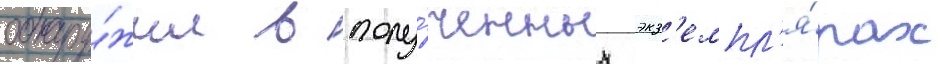
обнару́жил в полу́ченных экз'емпл'я́рах